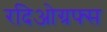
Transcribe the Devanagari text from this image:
रदिओग्रफ्स